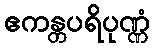
ဧကန္တပရိပုဏ္ဏံ